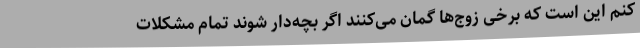
کنم این است که برخی زوج‌ها گمان می‌کنند اگر بچه‌دار شوند تمام مشکلات